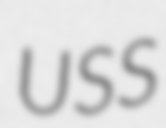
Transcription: USS